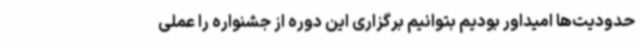
حدودیت‌ها امیداور بودیم بتوانیم برگزاری این دوره از جشنواره را عملی